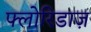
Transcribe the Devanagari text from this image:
फ्लोरिडाज़